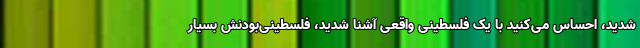
شدید، احساس می‌کنید با یک فلسطینی واقعی آشنا شدید، فلسطینی‌بودنش بسیار